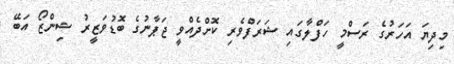
މިދިޔަ އަހަރުގެ ރަސްމީ ހަފްލާގައި ޝަރަފްވެރި ކޮށްދެއްވީ ޖަޕާނުގެ ބޮޑުވަޒީރު ޝިންޒޯ އަބޭ